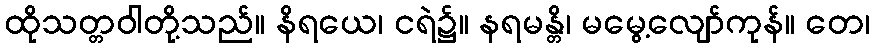
ထိုသတ္တဝါတို့သည်။ နိရယေ၊ ငရဲ၌။ နရမန္တိ၊ မမွေ့လျော်ကုန်။ တေ၊